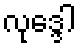
လုဒ္ဒေါ